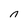
Character: n